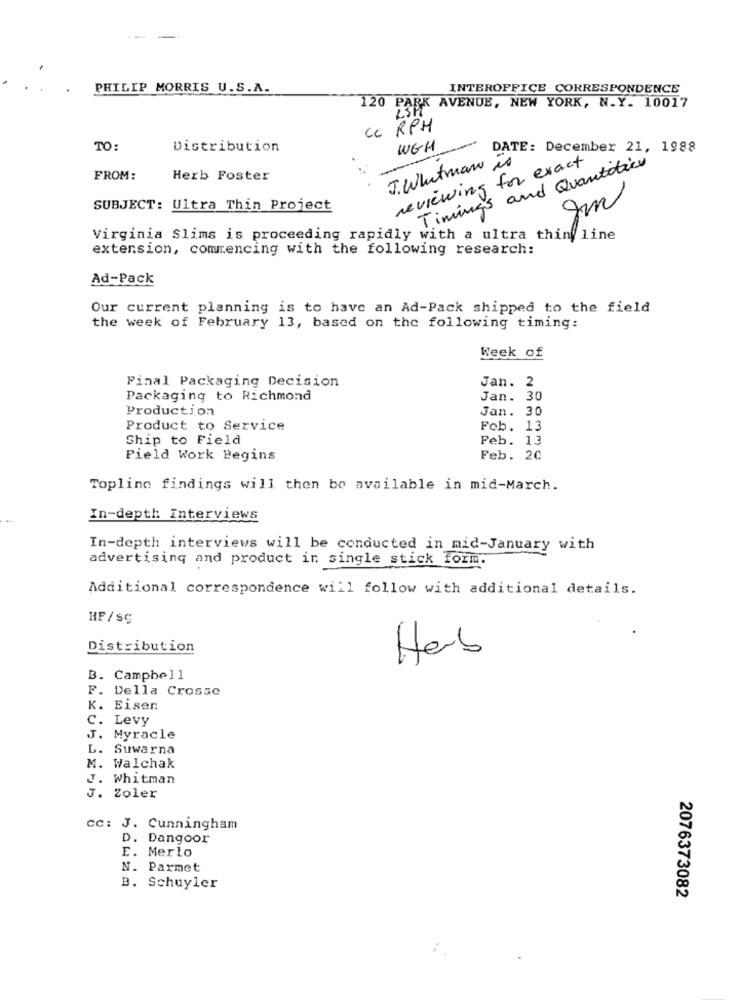
PHILIP MORRIS U.S.A.
INTEROFFICE CORRESPONDENCE
120 PARK AVENUE, NEW YORK, N.Y. 10017
CC RPH
TO:
Distribution
WGH
DATE: December 21, 1988
J. Whatman is
reviewing for exact
Timings and Quantotice
FROM:
Herb Foster
gm
SUBJECT: Ultra Thin Project
Virginia Slims is proceeding rapidly with a ultra thin line
extension, commencing with the following research:
Ad-Pack
Our current planning is to have an Ad-Pack shipped to the field
the week of February 13, based on the following timing:
Week of
Final Packaging Decision
Jan. 2
Packaging to Richmond
Jan. 30
Production
Jan. 30
Product to Service
Fob. 13
Ship to Field
Peb. 13
Field Work Begins
Feb. 20
Topline findings will then be available in mid-March.
In-depth Interviews
In-depth interviews will be conducted in mid-January with
advertising and product in single stick form.
Additional correspondence will follow with additional details.
HF/SG
Distribution
Hab
B. Campbell
F. Della Crosse
K. Eisen
C. Levy
J. Myracle
L. Suwarna
M. Walchak
J. Whitman
J. Zoler
CC: J. Cunningham
D. Dangoor
E. Merlo
N. Parmet
B. Schuyler
2076373082